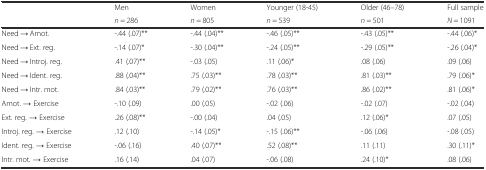
| <ROWSPAN=2>  | Men | Women | Younger (18-45) | Older (46–78) | Full sample |
 | n = 286 | n = 805 | n = 539 | n = 501 | N = 1091 |
 | --- | --- | --- | --- | --- | --- |
 | Need → Amot. | -.44 (.07)** | -.44 (.04)** | -.46 (.05)** | -.43 (.05)** | -.44 (.06)* |
 | Need → Ext. reg. | -.14 (.07)* | -.30 (.04)** | -.24 (.05)** | -.29 (.05)** | -.26 (.04)* |
 | Need → Introj. reg. | .41 (.07)** | -.03 (.05) | .11 (.06)* | .08 (.06) | .09 (.06) |
 | Need → Ident. reg. | .88 (.04)** | .75 (.03)** | .78 (.03)** | .81 (.03)** | .79 (.06)* |
 | Need → Intr. mot. | .84 (.03)** | .79 (.02)** | .76 (.03)** | .86 (.02)** | .81 (.06)* |
 | Amot. → Exercise | -.10 (.09) | .00 (.05) | -.02 (.06) | -.02 (.07) | -.02 (.04) |
 | Ext. reg. → Exercise | .26 (.08)** | -.00 (.04) | .04 (.05) | .12 (.06)* | .07 (.05) |
 | Introj. reg. → Exercise | .12 (.10) | -.14 (.05)* | -.15 (.06)** | -.06 (.06) | -.08 (.05) |
 | Ident. reg. → Exercise | -.06 (.16) | .40 (.07)** | .52 (.08)** | .11 (.11) | .30 (.11)* |
 | Intr. mot. → Exercise | .16 (.14) | .04 (.07) | -.06 (.08) | .24 (.10)* | .08 (.06) |